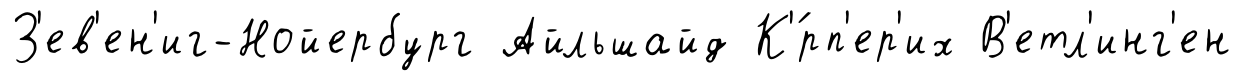
З'ев'ен'иг-Нойербург Айльшайд К'́рп'ер'их В'етл'инг'ен